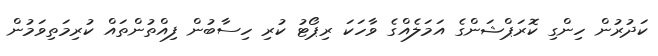
ކަދުރުން ހިންގި ކޮރަޕްޝަންގެ އަމަލެއްގެ ވާހަކަ ރިޕޯޓު ކުރި ހިސާބުން ފިއްތުންތައް ކުރިމަތިވަމުން